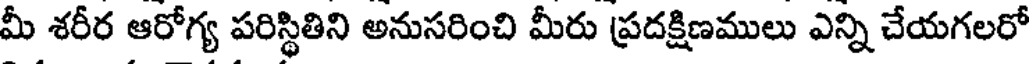
మీ శరీర ఆరోగ్య పరిస్థితిని అనుసరించి మీరు ప్రదక్షిణములు ఎన్ని చేయగలరో